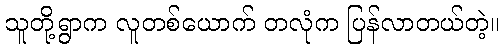
သူတို့ရွာက လူတစ်ယောက် တလုံက ပြန်လာတယ်တဲ့။